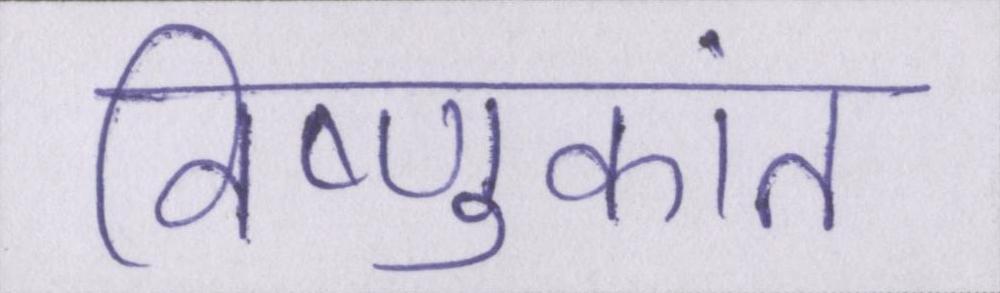
विष्णुकांत